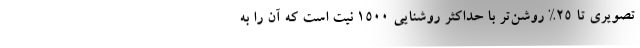
تصویری تا 25% روشن‌تر با حداکثر روشنایی 1500 نیت است که آن را به